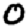
Digit: 0